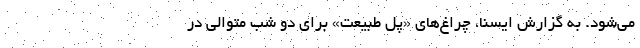
می‌شود. به گزارش ایسنا، چراغ‌های «پل طبیعت» برای دو شب متوالی در